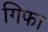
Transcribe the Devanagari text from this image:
गिफा